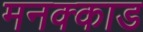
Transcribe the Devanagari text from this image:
मनक्काड